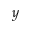
y